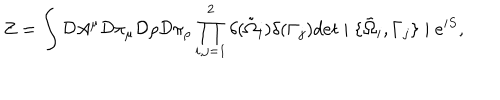
LaTeX: Z = \int { \cal D } A ^ { \mu } { \cal D } \pi _ { \mu } { \cal D } \rho { \cal D } \pi _ { \rho } \prod _ { i , j = 1 } ^ { 2 } \delta ( \tilde { \Omega } _ { i } ) \delta ( \Gamma _ { j } ) d e t \mid \{ \tilde { \Omega } _ { i } , \Gamma _ { j } \} \mid e ^ { i S } ,